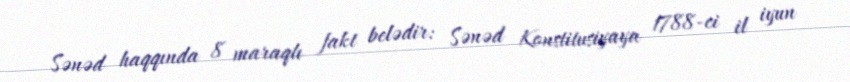
Sənəd haqqında 8 maraqlı fakt belədir: Sənəd Konstitusiyaya 1788-ci il iyun